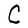
Character: C